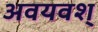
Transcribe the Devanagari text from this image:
अवयवश्